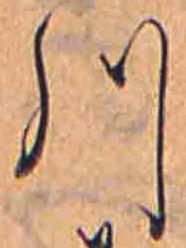
川